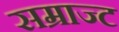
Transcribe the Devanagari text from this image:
सम्राज्ट